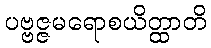
ပဗ္ဗဇ္ဇမရောစယိတ္ထာတိ